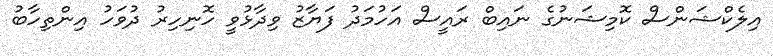
އިލެކްޝަންސް ކޮމިޝަނުގެ ނައިބް ރައީސް އަހުމަދު ފަޔާޒު ވިދާޅުވީ ހޮނިހިރު ދުވަހު އިންތިހާބު